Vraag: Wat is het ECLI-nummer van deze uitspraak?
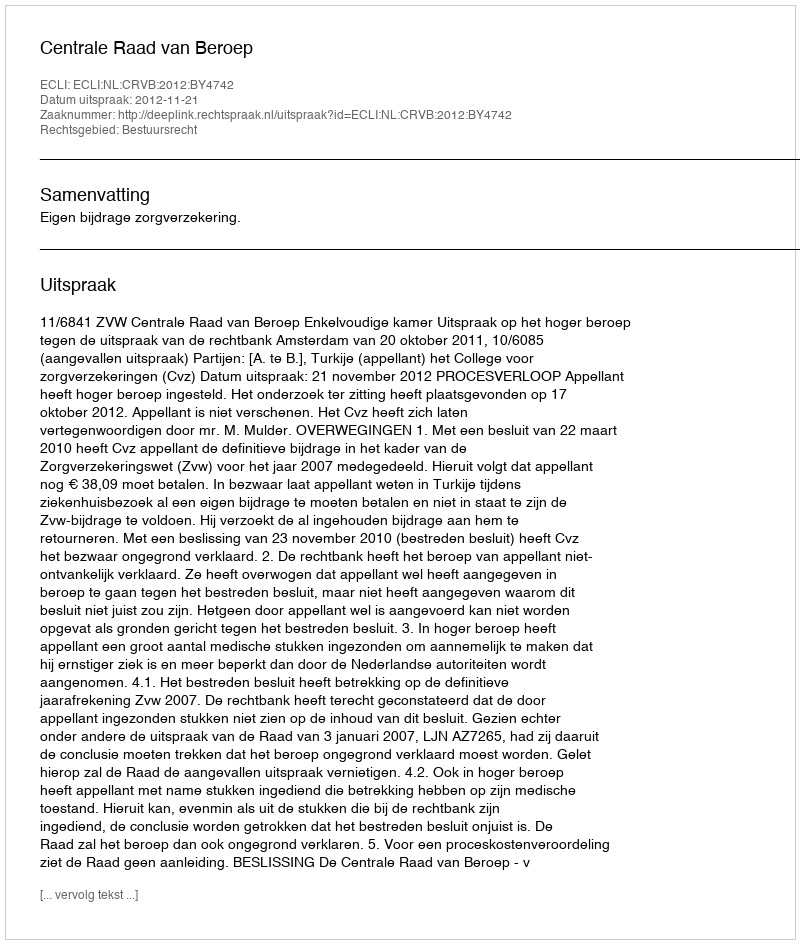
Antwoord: ECLI:NL:CRVB:2012:BY4742